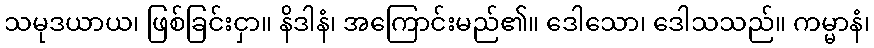
သမုဒယာယ၊ ဖြစ်ခြင်းငှာ။ နိဒါနံ၊ အကြောင်းမည်၏။ ဒေါသော၊ ဒေါသသည်။ ကမ္မာနံ၊